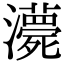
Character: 𤃫